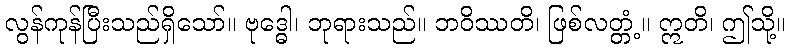
လွန်ကုန်ပြီးသည်ရှိသော်။ ဗုဒ္ဓေါ၊ ဘုရားသည်။ ဘဝိဿတိ၊ ဖြစ်လတ္တံ့။ ဣတိ၊ ဤသို့။